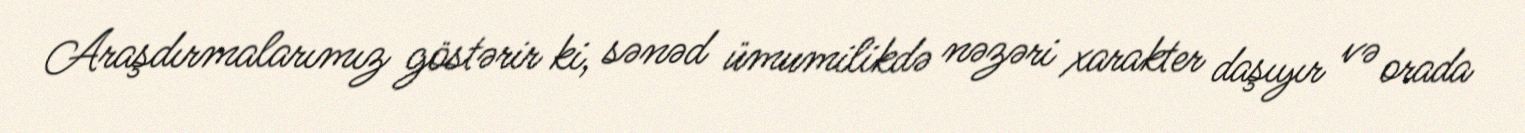
Araşdırmalarımız göstərir ki, sənəd ümumilikdə nəzəri xarakter daşıyır və orada